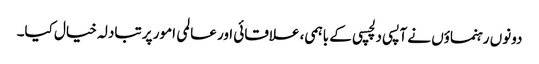
دونوں رہنماؤں نے آپسی دلچسپی کے باہمی، علاقائی اور عالمی امور پر تبادلہ خیال کیا۔